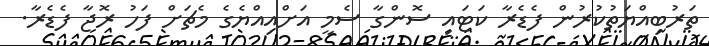
ތަރުބިއްޔަތުކުރުން ފެޑެރާ ކަޓައި ސޮންގާ ސެމީ އަށްއިއްޔެގެ މެޗަށް ފަހު ރޮޖާ ފެޑެރާ.